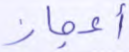
أعجاز